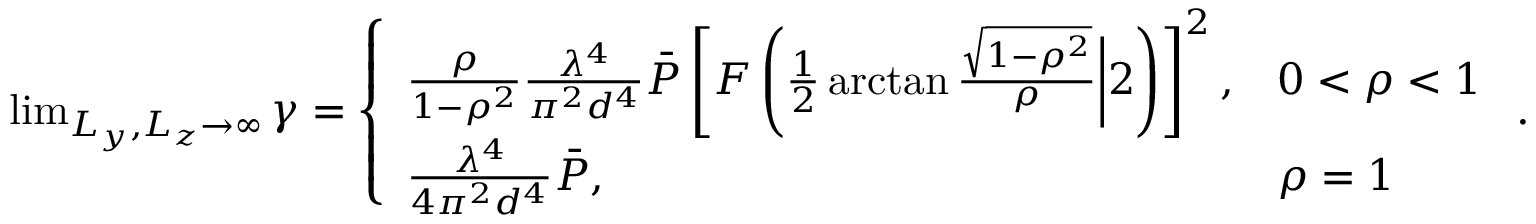
\begin{array} { r } { \operatorname* { l i m } _ { L _ { y } , L _ { z } \rightarrow \infty } \gamma = \left\{ \begin{array} { l l } { \frac { \rho } { 1 - \rho ^ { 2 } } \frac { \lambda ^ { 4 } } { \pi ^ { 2 } d ^ { 4 } } \bar { P } \left[ F \left( \frac 1 2 \arctan \frac { \sqrt { 1 - \rho ^ { 2 } } } { \rho } \bigg | 2 \right) \right] ^ { 2 } , } & { 0 < \rho < 1 } \\ { \frac { \lambda ^ { 4 } } { 4 \pi ^ { 2 } d ^ { 4 } } \bar { P } , } & { \rho = 1 } \end{array} \right. . } \end{array}